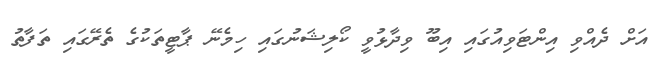
އަށް ދެއްވި އިންޓަވިއުގައި އިބޫ ވިދާޅުވީ ކޯލިޝަނުގައި ހިމެނޭ ޕާޓީތަކުގެ ތެރޭގައި ތަފާތު